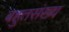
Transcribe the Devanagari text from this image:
बहुतसंख्य